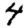
Digit: 4